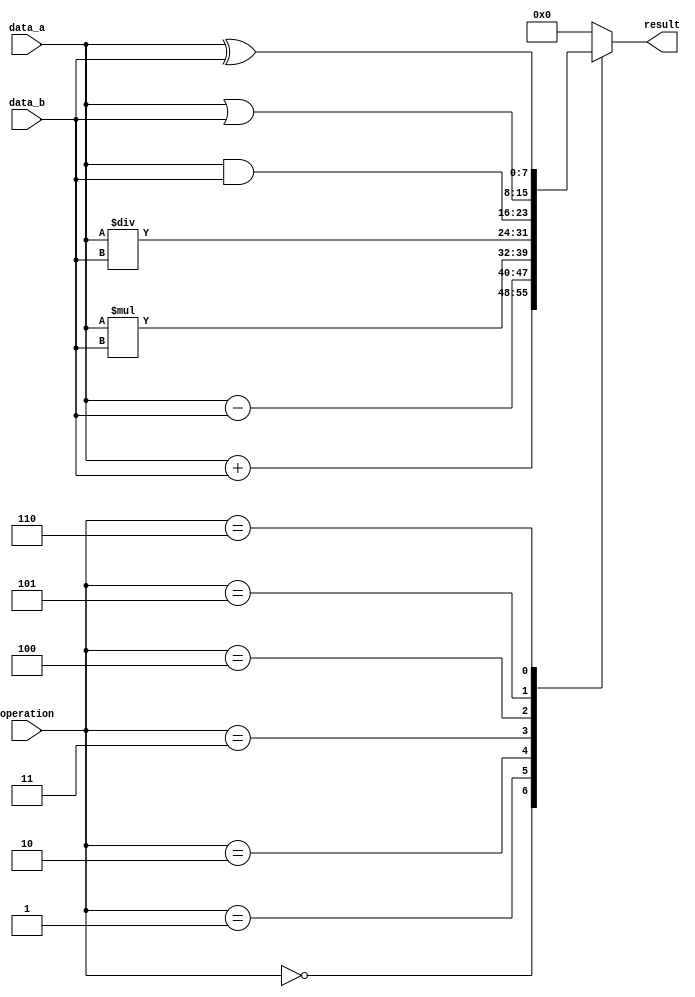
module ALU (
    input wire [7:0] data_a,
    input wire [7:0] data_b,
    input wire [2:0] operation,
    output reg [7:0] result
    );

always @(data_a, data_b, operation) begin
    case(operation)
        3'b000: result <= data_a + data_b; // Addition
        3'b001: result <= data_a - data_b; // Subtraction
        3'b010: result <= data_a * data_b; // Multiplication
        3'b011: result <= data_a / data_b; // Division
        3'b100: result <= data_a & data_b; // Bitwise AND
        3'b101: result <= data_a | data_b; // Bitwise OR
        3'b110: result <= data_a ^ data_b; // Bitwise XOR
        default: result <= 8'b0; // Default case
    endcase
end

endmodule